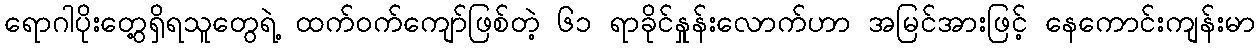
ရောဂါပိုးတွေ့ရှိရသူတွေရဲ့ ထက်ဝက်ကျော်ဖြစ်တဲ့ ၆၁ ရာခိုင်နှုန်းလောက်ဟာ အမြင်အားဖြင့် နေကောင်းကျန်းမာ